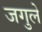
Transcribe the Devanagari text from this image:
जगुले